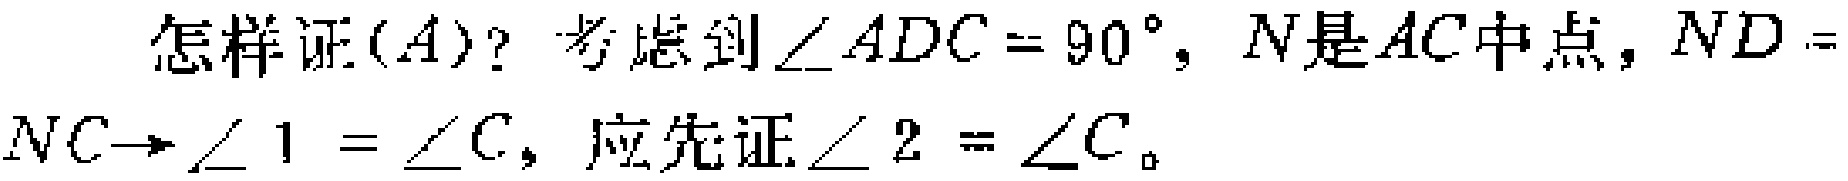
怎样证$(A)$？考虑到$\angle ADC = 90^{\circ}$，$N$是$AC$中点，$ND = NC\to\angle 1 = \angle C$，应先证$\angle 2 = \angle C$。